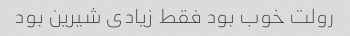
رولت خوب بود فقط زیادی شیرین بود